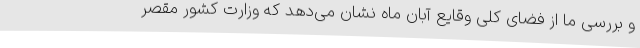
و بررسی ما از فضای کلی وقایع آبان ماه نشان می‌دهد که وزارت کشور مقصر